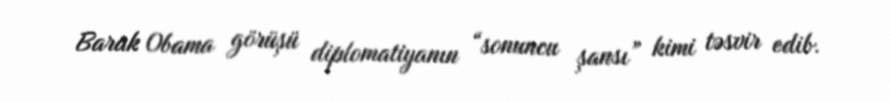
Barak Obama görüşü diplomatiyanın “sonuncu şansı” kimi təsvir edib.